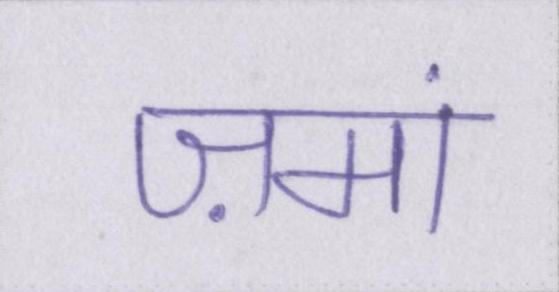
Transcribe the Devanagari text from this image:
ज़मां